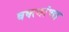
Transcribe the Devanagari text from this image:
वक्त्यांचा